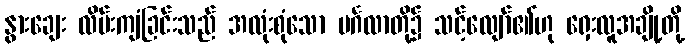
နွားချေး လိမ်းကျံခြင်းသည် အလုံးစုံသော မင်္ဂလာတို့၌ သင့်လျော်၏ဟု ရှေးလူအချို့တို့